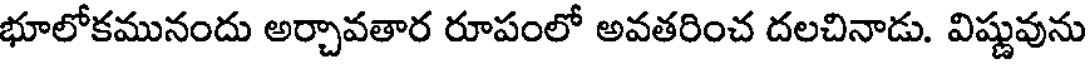
భూలోకమునందు అర్చావతార రూపంలో అవతరించ దలచినాడు. విష్ణువును